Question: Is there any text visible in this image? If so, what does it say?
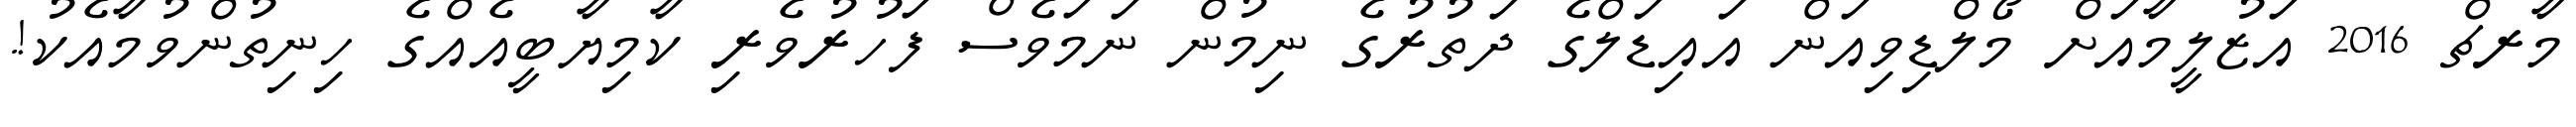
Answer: މާރޗް 2016 އަޒުލީމާއަށް މޯލްޑިވިއަން އައިޑަލްގެ ދަތުރުގެ ނިމުން ނަމަވެސް ފަހުރުވެރި ކާމިޔާބީއެއްގެ ހިނިތުންވުމާއެކު!.